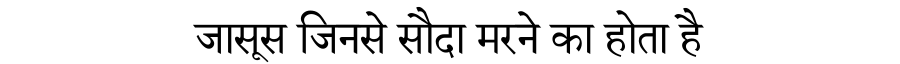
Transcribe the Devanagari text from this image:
जासूस जिनसे सौदा मरने का होता है